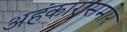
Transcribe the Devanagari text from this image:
अहंकारासमोर